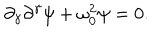
\partial _ { \gamma } \partial ^ { \gamma } \psi + \omega _ { 0 } ^ { 2 } \psi = 0 .